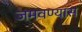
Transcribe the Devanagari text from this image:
जमवण्यास